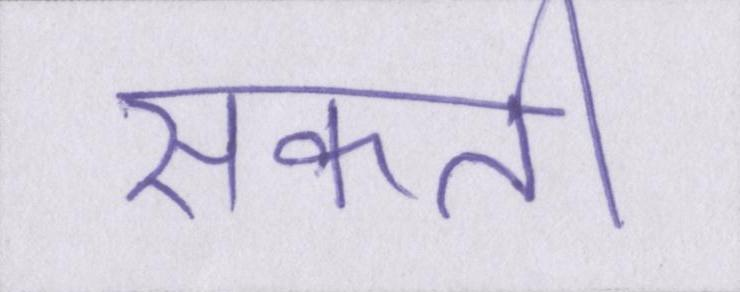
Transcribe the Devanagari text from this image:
सकती